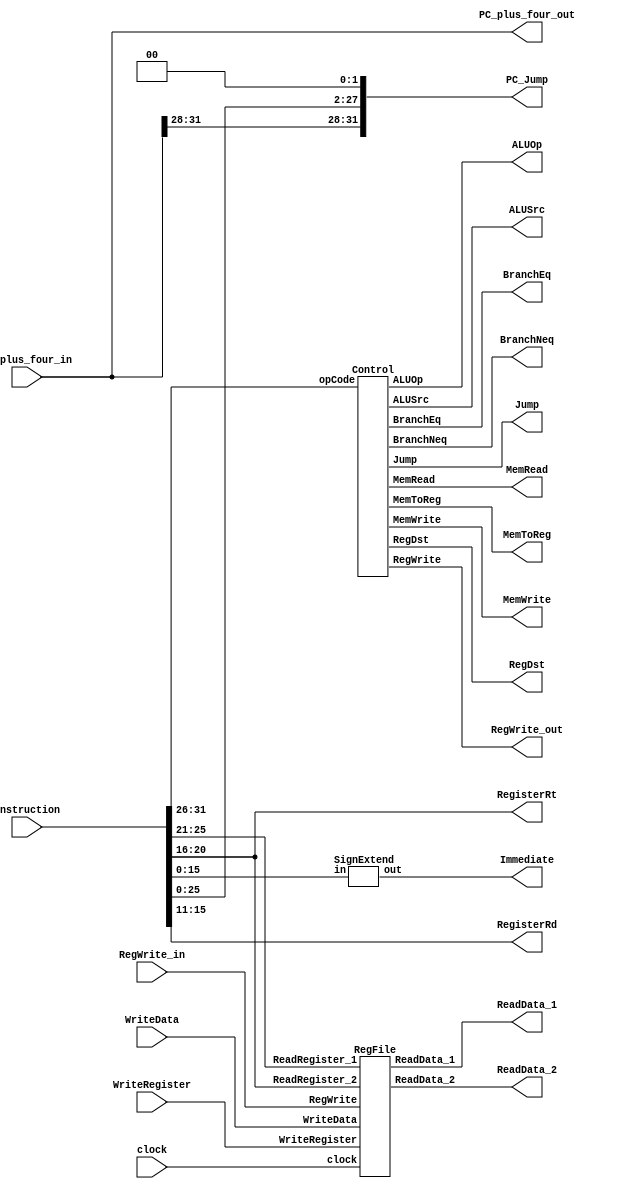
`timescale 1ns / 1ps

module ID (
    input   wire    [31:0]  PC_plus_four_in,
    output  wire    [31:0]  PC_plus_four_out,

    input   wire    [31:0]  instruction,
    
    input   wire    [4:0]   WriteRegister,
    input   wire    [31:0]  WriteData,

    input   wire            RegWrite_in,

    input   wire            clock,

    output  wire            ALUSrc,
    output  wire            RegDst,
    output  wire    [1:0]   ALUOp,
    output  wire            MemWrite,
    output  wire            MemRead,
    output  wire            BranchEq,
    output  wire            BranchNeq,
    output  wire            MemToReg,
    output  wire            RegWrite_out,
    output  wire            Jump,

    output  wire    [31:0]  PC_Jump,

    output  wire    [31:0]  ReadData_1, ReadData_2,
    output  wire    [31:0]  Immediate, 
    output  wire    [4:0]   RegisterRt, RegisterRd
);

    Control Test1 (
        .opCode(instruction[31:26]), 
        .ALUSrc(ALUSrc), .RegDst(RegDst), .ALUOp(ALUOp), 
        .MemWrite(MemWrite), .MemRead(MemRead), 
        .BranchEq(BranchEq), .BranchNeq(BranchNeq),
        .Jump(Jump),
        .MemToReg(MemToReg), .RegWrite(RegWrite_out)
    );

    RegFile Test2 (
        .clock(clock), .RegWrite(RegWrite_in),
        .WriteRegister(WriteRegister), 
        .ReadRegister_1(instruction[25:21]), .ReadRegister_2(instruction[20:16]),
        .WriteData(WriteData), 
        .ReadData_1(ReadData_1), .ReadData_2(ReadData_2)
    );

    SignExtend Test3 (
        .in(instruction[15:0]), .out(Immediate)
    );

    assign RegisterRt = instruction[20:16];
    assign RegisterRd = instruction[15:11];

    assign PC_plus_four_out = PC_plus_four_in;

    assign PC_Jump = {PC_plus_four_in[31:28], instruction[25:0], 2'b0};

endmodule // ID

module Control (
    input   wire    [5:0]   opCode,

    output  reg             ALUSrc,
    output  reg             RegDst,
    output  reg     [1:0]   ALUOp,

    output  reg             MemWrite,
    output  reg             MemRead,

    output  reg             BranchEq,
    output  reg             BranchNeq,

    output  reg             Jump,

    output  reg             MemToReg,
    output  reg             RegWrite
);
    // ?? 0
        initial begin
            ALUSrc = 1'b0; RegDst = 1'b0; ALUOp = 2'b00;
            MemWrite = 1'b0; MemRead = 1'b0; 
            BranchEq = 1'b0; BranchNeq = 1'b0;
            Jump = 1'b0;
            MemToReg = 1'b0; RegWrite = 1'b0;
        end

    // 
        always @ ( opCode ) begin
            case ( opCode )
                6'b000000: begin // R-type
                    ALUSrc = 1'b0;      RegDst = 1'b1;  ALUOp = 2'b10;
                    MemWrite = 1'b0;    MemRead = 1'b0; 
                    BranchEq = 1'b0;    BranchNeq = 1'b0;
                    Jump = 1'b0;
                    MemToReg = 1'b1;    RegWrite = 1'b1;
                end
                6'b000010: begin // j
                    ALUSrc = 1'b0;      RegDst = 1'b1;  ALUOp = 2'b10;
                    MemWrite = 1'b0;    MemRead = 1'b0; 
                    BranchEq = 1'b0;    BranchNeq = 1'b0;
                    Jump = 1'b1;
                    MemToReg = 1'b0;    RegWrite = 1'b0;
                end
                6'b000100: begin // beq
                    ALUSrc = 1'b0;      RegDst = 1'b0;  ALUOp = 2'b01;
                    MemWrite = 1'b0;    MemRead = 1'b0; 
                    BranchEq = 1'b1;    BranchNeq = 1'b0;
                    Jump = 1'b0;
                    MemToReg = 1'b0;    RegWrite = 1'b0;
                end
                6'b000101: begin // bne
                    ALUSrc = 1'b0;      RegDst = 1'b0;  ALUOp = 2'b01;
                    MemWrite = 1'b0;    MemRead = 1'b0; 
                    BranchEq = 1'b0;    BranchNeq = 1'b1;
                    Jump = 1'b0;
                    MemToReg = 1'b0;    RegWrite = 1'b0;
                end
                6'b001000: begin // addi
                    ALUSrc = 1'b1;      RegDst = 1'b0;  ALUOp = 2'b00;
                    MemWrite = 1'b0;    MemRead = 1'b0; 
                    BranchEq = 1'b0;    BranchNeq = 1'b0;
                    Jump = 1'b0;
                    MemToReg = 1'b1;    RegWrite = 1'b1;
                end
                6'b001100: begin // andi
                    ALUSrc = 1'b1;      RegDst = 1'b0;  ALUOp = 2'b11;
                    MemWrite = 1'b0;    MemRead = 1'b0; 
                    BranchEq = 1'b0;    BranchNeq = 1'b0;
                    Jump = 1'b0;
                    MemToReg = 1'b1;    RegWrite = 1'b1;
                end
                6'b100011: begin // lw
                    ALUSrc = 1'b1;      RegDst = 1'b0;  ALUOp = 2'b00;
                    MemWrite = 1'b0;    MemRead = 1'b1; 
                    BranchEq = 1'b0;    BranchNeq = 1'b0;
                    Jump = 1'b0;
                    MemToReg = 1'b0;    RegWrite = 1'b1;
                end
                6'b101011: begin // sw
                    ALUSrc = 1'b1;      RegDst = 1'b0;  ALUOp = 2'b00;
                    MemWrite = 1'b1;    MemRead = 1'b0; 
                    BranchEq = 1'b0;    BranchNeq = 1'b0;
                    Jump = 1'b0;
                    MemToReg = 1'b0;    RegWrite = 1'b0;
                end
            endcase
        end
endmodule   // Control

module RegFile (
    input   wire            clock, RegWrite,
    input   wire    [4:0]   WriteRegister,ReadRegister_1,ReadRegister_2,
    input   wire    [31:0]  WriteData,
    output  wire    [31:0]  ReadData_1, ReadData_2
);
    localparam size = 32;
    reg [31:0] Data_register [0:(size-1)];

    // ? regsiter ??
        integer i;
        initial begin
            for ( i = 0; i < size; i = i + 1)
                Data_register[i] = 32'd0;
        end    

    //  register
        assign ReadData_1 = Data_register[ReadRegister_1];
        assign ReadData_2 = Data_register[ReadRegister_2];

    //  register
        always @ (negedge clock) begin
            if (RegWrite == 1'b1)
                Data_register[WriteRegister] = WriteData;
        end

endmodule // RegFile

module SignExtend (
    input   wire    [15:0]  in,
    output  wire    [31:0]  out
);

    assign out = {{16{in[15]}}, in[15:0]};

endmodule // SignExtend

module ID_EX_Register (
    input   wire    [31:0]  PC_plus_four_in,
    output  reg     [31:0]  PC_plus_four_out,

    input   wire    [31:0]  PC_Jump_in,
    output  reg     [31:0]  PC_Jump_out,

    input   wire            clock,

    input   wire            ALUSrc_in,
    input   wire            RegDst_in,
    input   wire    [1:0]   ALUOp_in,
    input   wire            MemWrite_in,
    input   wire            MemRead_in,
    input   wire            BranchEq_in,
    input   wire            BranchNeq_in,
    input   wire            MemToReg_in,
    input   wire            RegWrite_in,
    input   wire            Jump_in,

    output  reg             ALUSrc_out,
    output  reg             RegDst_out,
    output  reg     [1:0]   ALUOp_out,
    output  reg             MemWrite_out,
    output  reg             MemRead_out,
    output  reg             BranchEq_out,
    output  reg             BranchNeq_out,
    output  reg             MemToReg_out,
    output  reg             RegWrite_out,
    output  reg             Jump_out,

    input   wire    [31:0]  ReadData_1_in, ReadData_2_in,
    input   wire    [31:0]  Immediate_in, 
    input   wire    [4:0]   RegisterRt_in, RegisterRd_in,

    output  reg     [31:0]  ReadData_1_out, ReadData_2_out,
    output  reg     [31:0]  Immediate_out, 
    output  reg     [4:0]   RegisterRt_out, RegisterRd_out
);

    initial begin   
        PC_plus_four_out = 32'd0;
        PC_Jump_out     = 32'b0;
        ALUSrc_out      = 1'b0;
        RegDst_out      = 1'b0;
        ALUOp_out       = 1'b0;
        MemWrite_out    = 1'b0;
        MemRead_out     = 1'b0;
        BranchEq_out    = 1'b0;
        BranchNeq_out   = 1'b0;
        MemToReg_out    = 1'b0;
        RegWrite_out    = 1'b0;
        Jump_out        = 1'b0;
        ReadData_1_out  = 32'd0;
        ReadData_2_out  = 32'd0;
        Immediate_out   = 32'd0;
        RegisterRt_out  = 5'd0;
        RegisterRd_out  = 5'd0;
    end

    always @ (posedge clock)    begin
        PC_plus_four_out = PC_plus_four_in;
        PC_Jump_out     = PC_Jump_in;
        ALUSrc_out      = ALUSrc_in;
        RegDst_out      = RegDst_in;
        ALUOp_out       = ALUOp_in;
        MemWrite_out    = MemWrite_in;
        MemRead_out     = MemRead_in;
        BranchEq_out    = BranchEq_in;
        BranchNeq_out   = BranchNeq_in;
        MemToReg_out    = MemToReg_in;
        RegWrite_out    = RegWrite_in;
        Jump_out        = Jump_in;
        ReadData_1_out  = ReadData_1_in;
        ReadData_2_out  = ReadData_2_in;
        Immediate_out   = Immediate_in;
        RegisterRt_out  = RegisterRt_in;
        RegisterRd_out  = RegisterRd_in;
    end

endmodule